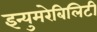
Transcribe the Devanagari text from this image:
इन्युमरेबिलिटी